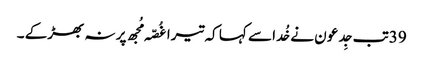
39تب جِدعو ن نے خُدا سے کہا کہ تیرا غُصّہ مُجھ پر نہ بھڑکے ۔